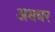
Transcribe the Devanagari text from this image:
अधधर